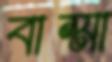
বাম্মা